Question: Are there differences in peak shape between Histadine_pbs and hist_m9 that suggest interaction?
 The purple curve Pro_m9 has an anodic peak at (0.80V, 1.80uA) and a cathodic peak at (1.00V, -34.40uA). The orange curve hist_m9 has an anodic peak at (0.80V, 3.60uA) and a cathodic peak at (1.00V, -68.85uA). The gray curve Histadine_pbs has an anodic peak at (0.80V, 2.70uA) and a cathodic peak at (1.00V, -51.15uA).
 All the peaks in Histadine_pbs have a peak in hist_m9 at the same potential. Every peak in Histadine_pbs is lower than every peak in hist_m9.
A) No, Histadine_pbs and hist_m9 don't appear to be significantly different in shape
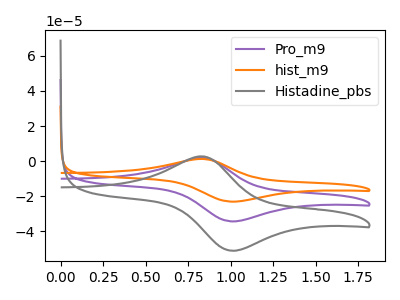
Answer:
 <answer>A) No, "Histadine_pbs" and "hist_m9" don't appear to be significantly different in shape</answer>
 <eval>A</eval>